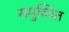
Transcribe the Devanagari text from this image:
समुच्चित